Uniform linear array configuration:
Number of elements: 32
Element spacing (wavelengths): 0.5
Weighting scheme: hann
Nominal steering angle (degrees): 30
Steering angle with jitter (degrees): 29.775
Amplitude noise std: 0.05
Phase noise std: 0.05

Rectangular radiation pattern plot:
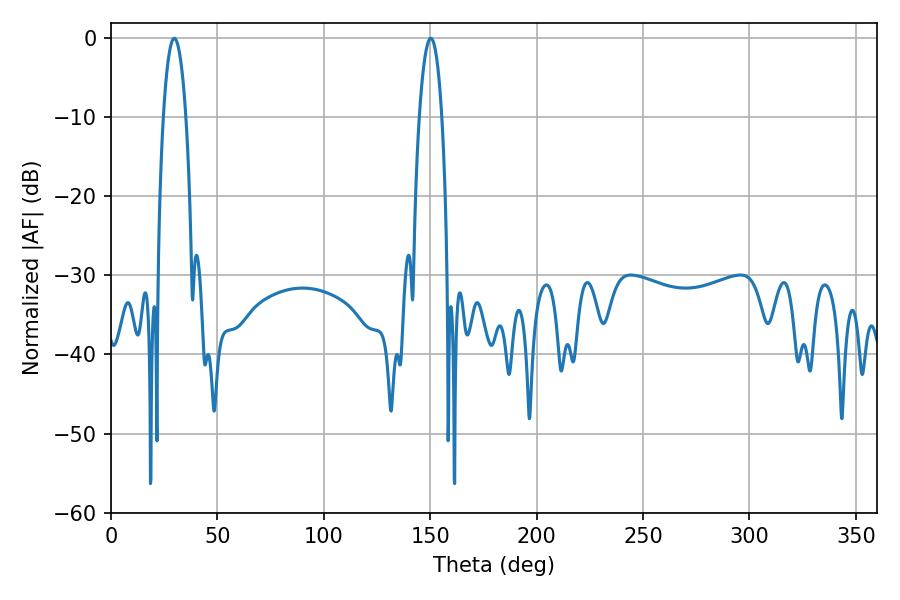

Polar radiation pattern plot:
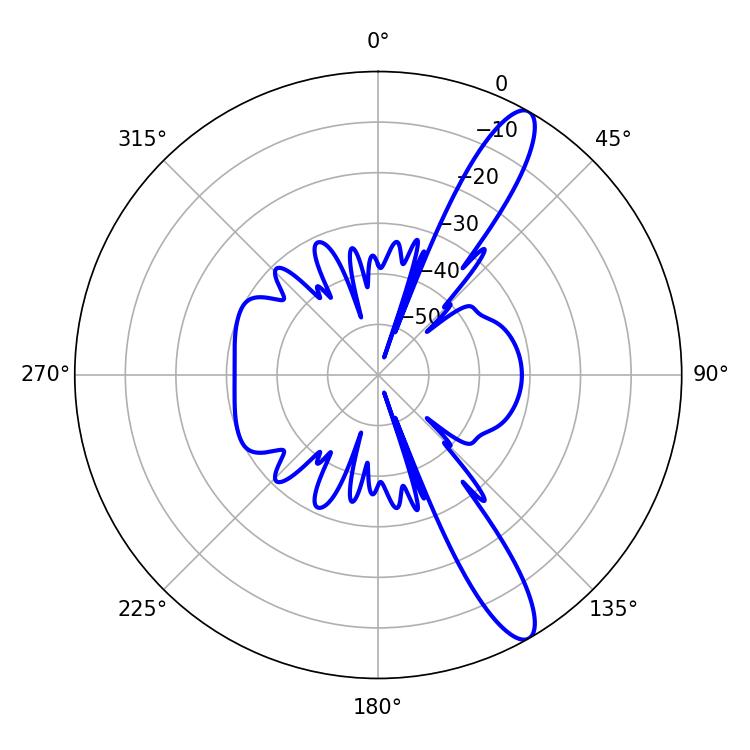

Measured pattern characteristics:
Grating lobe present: FALSE
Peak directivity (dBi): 12.63
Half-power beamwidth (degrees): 5.94
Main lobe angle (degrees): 29.7